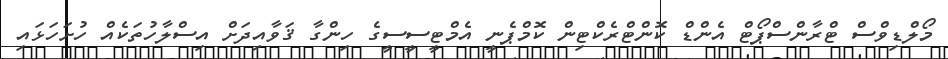
މޯލްޑިވްސް ޓްރާންސްޕޯޓް އެންޑް ކޮންޓްރެކްޓިން ކޮމްޕެނީ އެމްޓީސީސީގެ ހިންގާ ޤަވާއިދަށް އިސްލާހުތަކެއް ހުށަހަޅައި